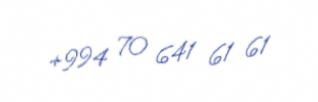
+994 70 641 61 61